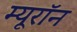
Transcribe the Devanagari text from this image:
म्यूरॉन